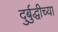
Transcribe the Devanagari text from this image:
दुर्बुद्धीच्या